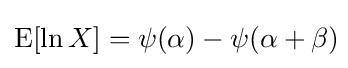
\operatorname {E} [\ln X]=\psi (\alpha )-\psi (\alpha +\beta )\!